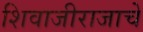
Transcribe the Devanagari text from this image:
शिवाजीराजाचे